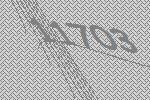
11703